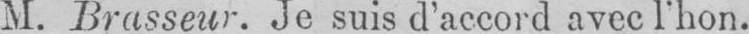
M. Brasseur. Je suis d’accord avec l’hon.